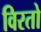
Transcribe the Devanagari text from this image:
विरतो